Sanitation, dispensaries and jails vaccination Rajputana 1922-1927 - 1922-1927
Year: 1922
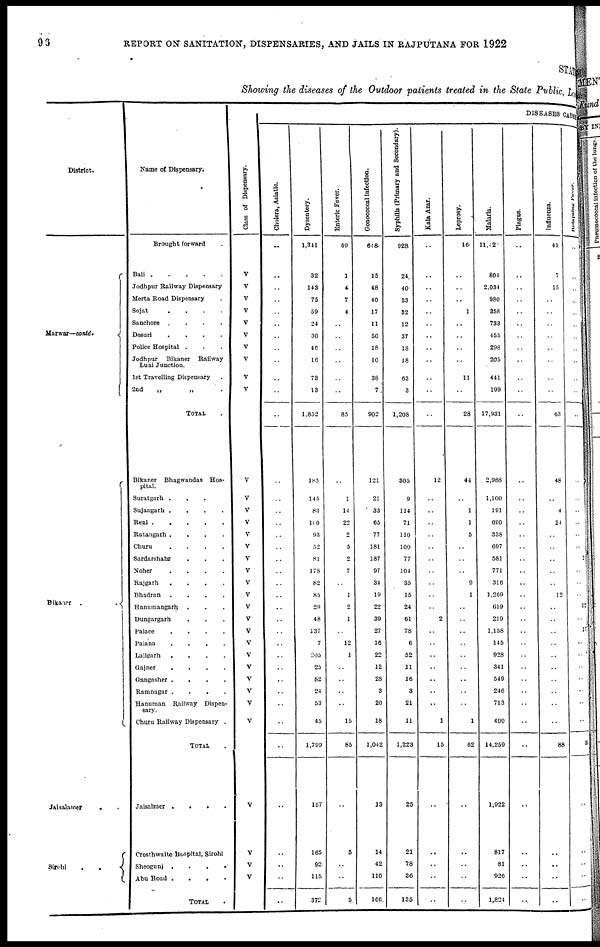
96
REPORT ON SANITATION, DISPENSARIES, AND JAILS IN RAJPUTANA FOR 1922
STATE
Showing the diseases of the Outdoor patients treated in the State Public, Local
District.
Marwar—cantd.
Bikaner..
Jaisalamer..
Sirohi..
Name of Dispensary.
Brought forward.
Bali
Jodhpur Railway Dispensary
Merta Road Dispensary.
Sojat....
Sanchore....
Desuri....
Police Hospital...
Jodhpur
Bikaner
Railway
Luni Junction.
1st Travelling Dispensary.
2nd
„
„
.
TOTAL.
Bikaner Bhagwandas Hos-
pital.
Suratgarh....
Sujangarh .
.
.
.
Reni
Ratangarh....
Churu....
Sardarshahr...
Noher....
Rajgarh....
Bhadran
.
.
.
.
Hanumangarh...
Dungargarh...
Palace....
Palana....
Lallgarh....
Gajner....
Gangasher....
Ramnagar....
Hanuman Railway Dispen-
sary.
Churu Railway Dispensary.
TOTAL.
Jaisalmer....
Crosthwaite Hospital, Sirohi
Sheogunj....
Abu
Road....
TOTAL.
Class of Dispensary.
V
V
V
V
V
V
V
V
V
V
V
V
V
V
V
V
V
V
V
V
V
V
V
V
V
V
V
V
V
V
V
V
V
V
DISEASES CAUSE
Cholera, Asiatic.
..
..
..
..
..
..
..
..
..
..
..
..
..
..
..
..
..
..
..
..
..
..
..
..
..
..
..
..
..
..
..
..
..
..
..
..
..
..
Dysentery.
1,341
32
143
75
59
24
30
40
16
73
13
1,852
185
145
83
100
93
52
81
178
82
85
29
48
137
7
205
25
82
24
53
45
1,799
157
105
92
115
372
Enteric Fever.
69
1
4
7
4
..
..
..
..
..
..
85
..
1
14
22
2
5
2
7
..
1
2
1
..
12
1
..
..
..
..
15
85
..
5
..
..
5
Gonococcal infection.
648
15
48
40
17
11
50
18
10
38
7
902
121
21
33
65
77
181
187
97
34
19
22
39
27
16
22
12
28
3
20
18
1,042
13
14
42
110
166
Syphilis (Primary and Secondary).
928
24
40
33
32
12
37
18
18
63
3
1,208
305
9
114
71
110
100
77
104
35
15
24
61
78
6
52
11
16
3
21
11
1,223
25
21
78
36
135
Kala Azar.
..
..
..
..
..
..
..
..
..
..
..
..
12
..
..
..
..
..
..
..
..
..
..
2
..
..
..
..
..
..
..
1
15
..
..
..
..
..
Leprosy.
16
..
..
..
1
..
..
..
..
11
..
28
44
..
1
1
5
..
..
..
9
1
..
..
..
..
..
..
..
..
..
1
62
..
..
..
..
..
Malaria.
11,421
804
2,034
980
358
733
455
298
205
441
199
17,931
2,988
1,100
191
690
338
697
581
771
316
1,269
619
219
1,158
145
928
341
549
246
713
400
14,259
1,922
817
81
926
1,824
Plague.
..
..
..
..
..
..
..
..
..
..
..
..
..
..
..
..
..
..
..
..
..
..
..
..
..
..
..
..
..
..
..
..
..
..
..
..
..
..
Influenza.
41
7
15
..
..
..
..
..
..
..
..
63
48
..
4
24
..
..
..
..
..
12
..
..
..
..
..
..
..
..
..
..
88
..
..
..
..
..
Relapsing Fever.
..
..
..
..
..
..
..
..
..
..
..
..
..
..
..
..
..
..
2
..
..
..
12
..
17
..
..
..
..
..
..
..
31
..
..
..
..
..